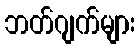
ဘတ်ဂျက်များ